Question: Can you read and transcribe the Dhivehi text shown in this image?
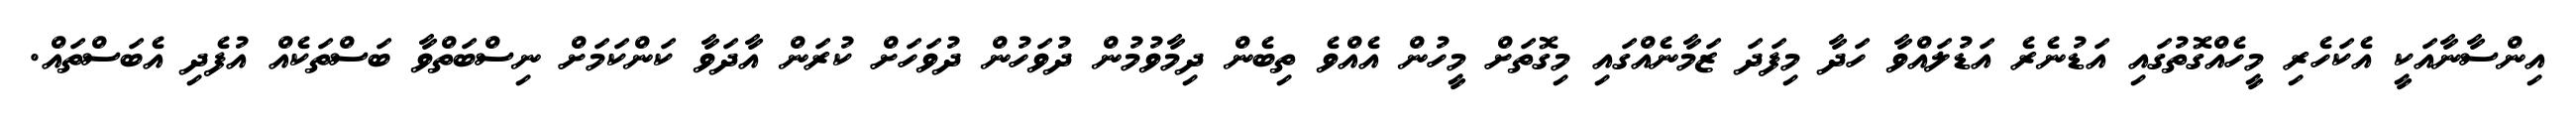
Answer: އިންސާނާއަކީ އެކަހެރި މީހެއްގޮތުގައި އަޑުނެރެ އަޑުލައްވާ ހަދާ މިފަދަ ޒަމާނެއްގައި މިގޮތަށް މީހުން އެއްވެ ތިބެން ދިމާވުމުން ދުވަހުން ދުވަހަށް ކުރަން އާދަވާ ކަންކަމަށް ނިސްބަތްވާ ބަސްތަކެއް އުފެދި އެބަސްތައް.